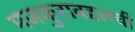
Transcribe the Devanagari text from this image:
मजकुराबद्दलची